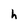
Character: h